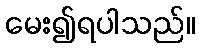
မေး၍ရပါသည်။